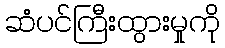
ဆံပင်ကြီးထွားမှုကို